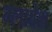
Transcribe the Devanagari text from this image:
ग्लादेश